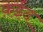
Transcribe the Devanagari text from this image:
क़ईद